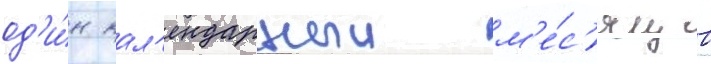
од'и́н кал'ендарныи м'е́с'яц в